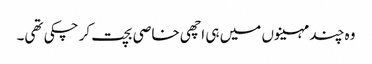
وہ چند مہینوں میں ہی اچھی خاصی بچت کر چکی تھی۔